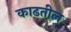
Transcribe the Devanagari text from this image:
काढतील